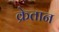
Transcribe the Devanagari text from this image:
क्रेतान